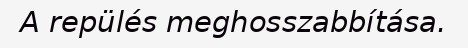
A repülés meghosszabbítása.